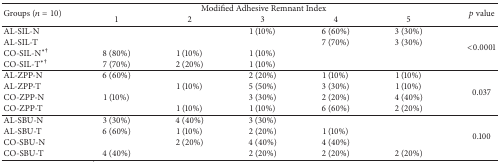
<table><thead><tr><td rowspan="2"><b>Groups (<i>n</i> = 10)</b></td><td colspan="5"><b>Modified Adhesive Remnant Index</b></td><td rowspan="2"><b><i>p</i> value</b></td></tr><tr><td><b>1</b></td><td><b>2</b></td><td><b>3</b></td><td><b>4</b></td><td><b>5</b></td></tr></thead><tbody><tr><td>AL-SIL-N</td><td> </td><td> </td><td>1 (10%)</td><td>6 (60%)</td><td>3 (30%)</td><td rowspan="4">&lt;0.0001</td></tr><tr><td>AL-SIL-T</td><td> </td><td> </td><td> </td><td>7 (70%)</td><td>3 (30%)</td></tr><tr><td>CO-SIL-N<sup><i>∗</i>†</sup></td><td>8 (80%)</td><td>1 (10%)</td><td>1 (10%)</td><td> </td><td> </td></tr><tr><td>CO-SIL-T<sup><i>∗</i>†</sup></td><td>7 (70%)</td><td>2 (20%)</td><td>1 (10%)</td><td> </td><td> </td></tr><tr><td>AL-ZPP-N</td><td>6 (60%)</td><td> </td><td>2 (20%)</td><td>1 (10%)</td><td>1 (10%)</td><td rowspan="4">0.037</td></tr><tr><td>AL-ZPP-T</td><td> </td><td>1 (10%)</td><td>5 (50%)</td><td>3 (30%)</td><td>1 (10%)</td></tr><tr><td>CO-ZPP-N</td><td>1 (10%)</td><td> </td><td>3 (30%)</td><td>2 (20%)</td><td>4 (40%)</td></tr><tr><td>CO-ZPP-T</td><td> </td><td>1 (10%)</td><td>1 (10%)</td><td>6 (60%)</td><td>2 (20%)</td></tr><tr><td>AL-SBU-N</td><td>3 (30%)</td><td>4 (40%)</td><td>3 (30%)</td><td> </td><td> </td><td rowspan="4">0.100</td></tr><tr><td>AL-SBU-T</td><td>6 (60%)</td><td>1 (10%)</td><td>2 (20%)</td><td>1 (10%)</td><td> </td></tr><tr><td>CO-SBU-N</td><td> </td><td>2 (20%)</td><td>4 (40%)</td><td>4 (40%)</td><td> </td></tr><tr><td>CO-SBU-T</td><td>4 (40%)</td><td> </td><td>2 (20%)</td><td>2 (20%)</td><td>2 (20%)</td></tr></tbody></table>